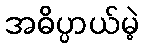
အဓိပ္ပာယ်မဲ့